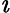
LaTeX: \imath